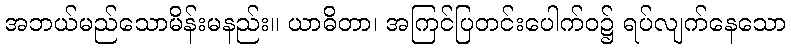
အဘယ်မည်သောမိန်းမနည်း။ ယာဓိတာ၊ အကြင်ပြတင်းပေါက်ဝ၌ ရပ်လျက်နေသော